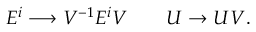
E ^ { i } \longrightarrow V ^ { - 1 } E ^ { i } V \qquad U \to U V .